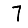
Digit: 7